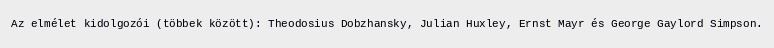
Az elmélet kidolgozói (többek között): Theodosius Dobzhansky, Julian Huxley, Ernst Mayr és George Gaylord Simpson.